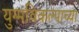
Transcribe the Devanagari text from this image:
युग्मविकल्पाच्या